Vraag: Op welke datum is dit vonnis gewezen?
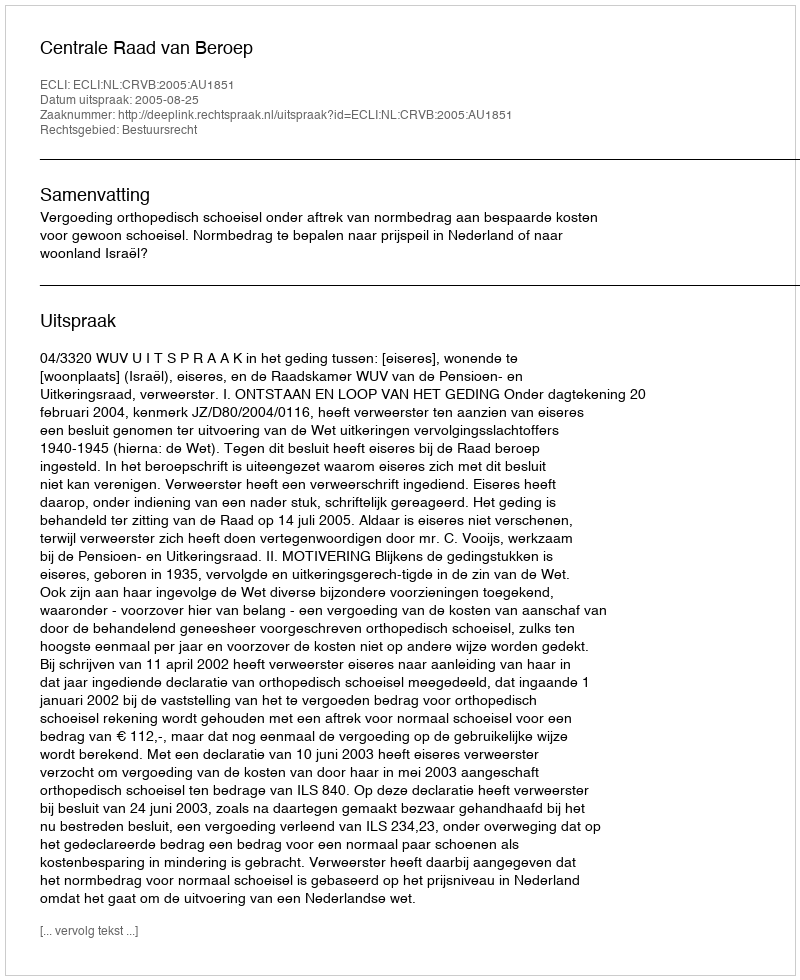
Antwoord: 2005-08-25